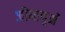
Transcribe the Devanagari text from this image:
जीनाणुओं